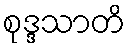
စုဒ္ဒသာတိ